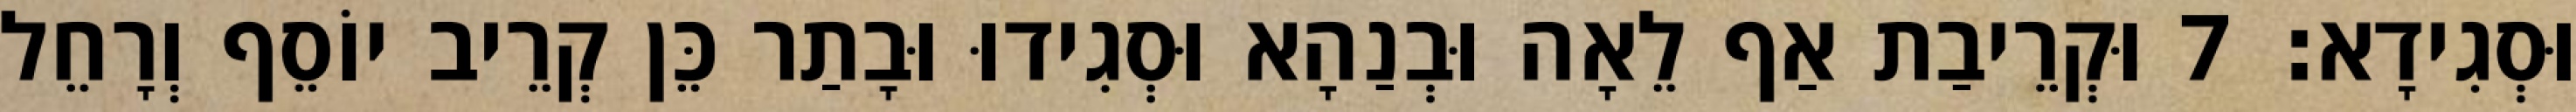
וּסְגִידָא׃ 7 וּקְרֵיבַת אַף לֵאָה וּבְנַהָא וּסְגִידוּ וּבָתַר כֵּן קְרֵיב יוֹסֵף וְרָחֵל